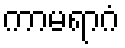
ကာမရာဂံ